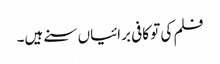
فلم کی تو کافی برائیاں سنے ہیں۔